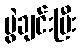
ပွဲချင်းပြီး